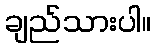
ချည်သားပါ။